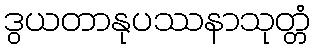
ဒွယတာနုပဿနာသုတ္တံ